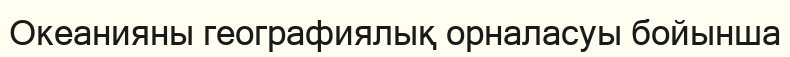
Океанияны географиялық орналасуы бойынша